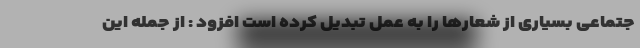
جتماعی بسیاری از شعارها را به عمل تبدیل کرده است افزود : از جمله این